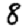
Digit: 8